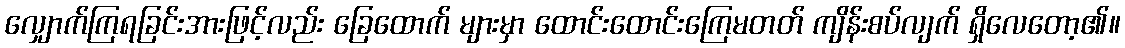
လျှောက်ကြရခြင်းအားဖြင့်လည်း ခြေထောက် များမှာ ထောင်းထောင်းကြေမတတ် ကျိန်းစပ်လျက် ရှိလေတော့၏။